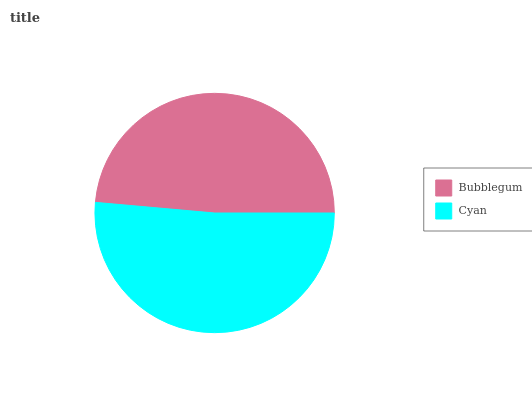
| Bubblegum | Cyan |
 | --- | --- |
 | 48.6% | 51.4% |